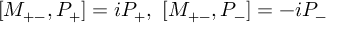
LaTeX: [ M _ { + - } , P _ { + } ] = i P _ { + } , \ [ M _ { + - } , P _ { - } ] = - i P _ { - }